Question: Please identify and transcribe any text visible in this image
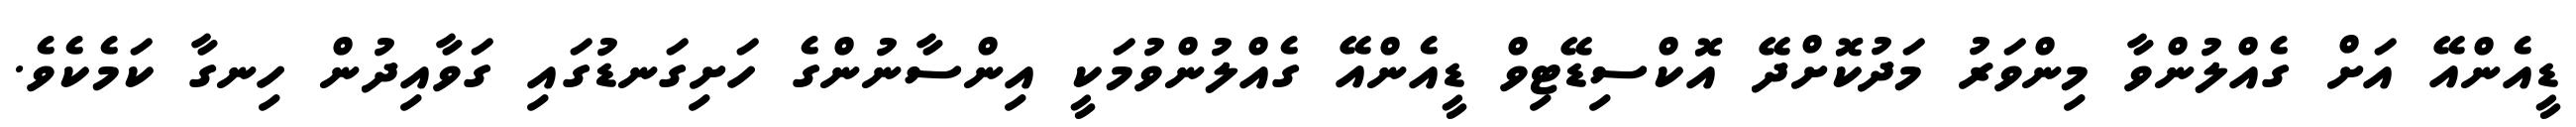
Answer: ޑީއެންއޭ އަށް ގެއްލުންވާ މިންވަރު މަދުކޮށްދޭ އޮކްސިޑޭޓިވް ޑީއެންއޭ ގެއްލުންވުމަކީ އިންސާނުންގެ ހަށިގަނޑުގައި ގަވާއިދުން ހިނގާ ކަމެކެވެ.